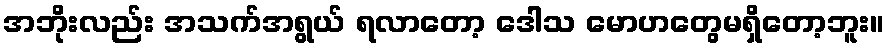
အဘိုးလည်း အသက်အရွယ် ရလာတော့ ဒေါသ မောဟတွေမရှိတော့ဘူး။